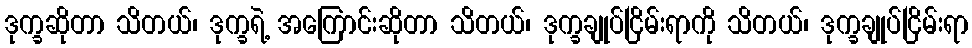
ဒုက္ခဆိုတာ သိတယ်၊ ဒုက္ခရဲ့ အကြောင်းဆိုတာ သိတယ်၊ ဒုက္ခချုပ်ငြိမ်းရာကို သိတယ်၊ ဒုက္ခချုပ်ငြိမ်းရာ